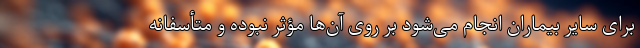
برای سایر بیماران انجام می‌شود بر روی آن‌ها مؤثر نبوده و متأسفانه